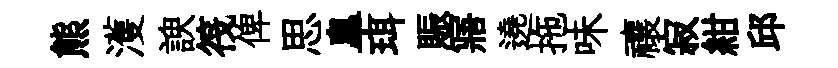
熊濩諛筏俾思臯珥賑寤遶拖味禳寂紺邱